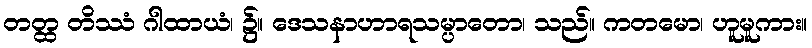
တတ္ထ တိဿံ ဂါထာယံ၊ ၌။ ဒေသနာဟာရသမ္ပာတော၊ သည်။ ကတမော၊ ဟူမူကား။